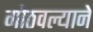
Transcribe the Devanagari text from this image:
गोठवल्याने